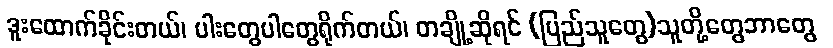
ဒူးထောက်ခိုင်းတယ်၊ ပါးတွေပါတွေရိုက်တယ်၊ တချို့ဆိုရင် (ပြည်သူတွေ)သူတို့တွေဘာတွေ